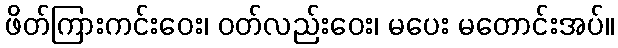
ဖိတ်ကြားကင်းဝေး၊ ဝတ်လည်းဝေး၊ မပေး မတောင်းအပ်။